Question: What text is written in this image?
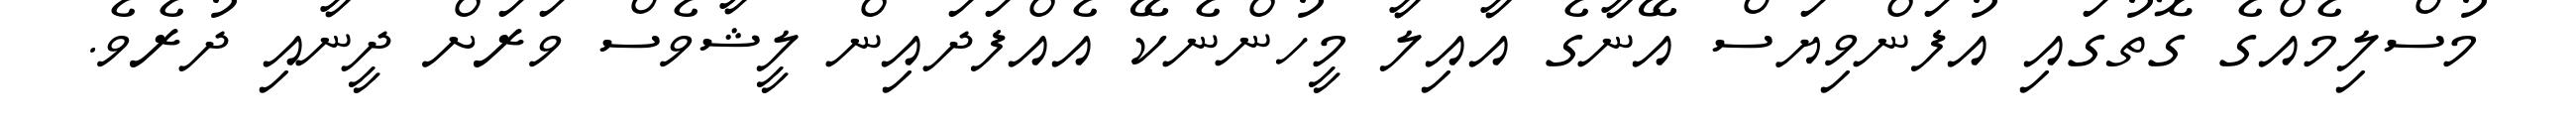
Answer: މުސްލިމެއްގެ ގޮތުގައި އުފަންވިޔަސް އޭނާގެ އާއިލާ މީހުންނެކޭ އެއްފަދައިން ލީޝާވެސް ވަރަށް ދީނާއި ދުރެވެ.